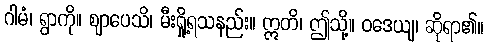
ဂါမံ၊ ရွာကို။ ဈာပေသိ၊ မီးရှို့ရသနည်း။ ဣတိ၊ ဤသို့။ ဝဒေယျ၊ ဆိုရာ၏။